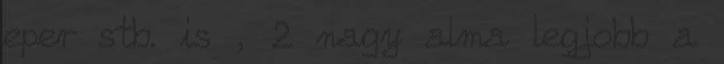
eper stb. is , 2 nagy alma legjobb a